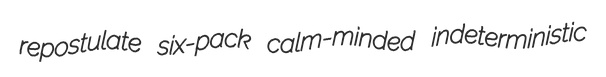
repostulate six-pack calm-minded indeterministic